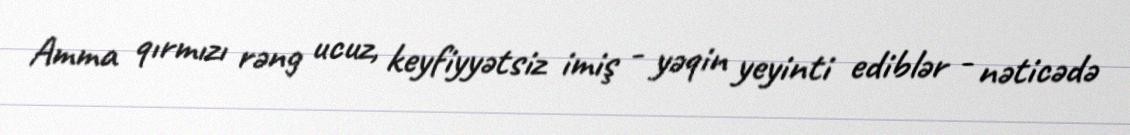
Amma qırmızı rəng ucuz, keyfiyyətsiz imiş - yəqin yeyinti ediblər - nəticədə